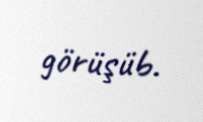
görüşüb.